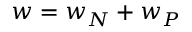
w = w _ { N } + w _ { P }